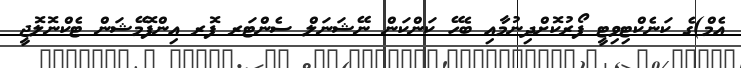
އެމް)ގެ ކަނެކްޓިވިޓީ ފޯރުކޮށްދިނުމާއި ބެހޭ ކަންކަން ނޭޝަނަލް ސެންޓަރ ފޮރ އިންފޮމޭޝަން ޓެކްނޮލޮޖީ